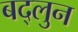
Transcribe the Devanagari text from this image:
बद्लुन